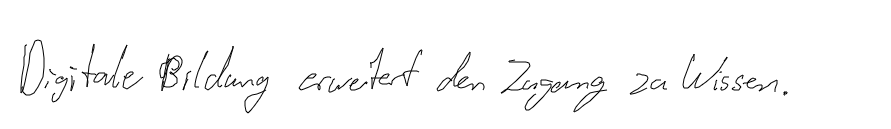
Digitale Bildung erweitert den Zugang zu Wissen.